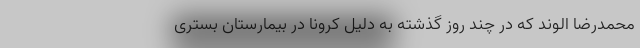
محمدرضا الوند که در چند روز گذشته به دلیل کرونا در بیمارستان بستری